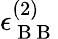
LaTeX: \epsilon_{\mathrm{~B~B~}}^{(2)}